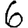
Digit: 6